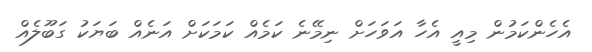
އެހެންކަމުން މިއީ އެހާ އަވަހަށް ނިމޭނެ ކަމެއް ކަމަކަށް އަނެއް ބަޔަކު ގަބޫލެއް